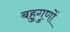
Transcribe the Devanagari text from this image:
बहुगुणों